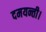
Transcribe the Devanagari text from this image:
दमयन्ती।